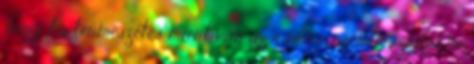
,hogy ha termeszetes miert van az ráirva ,szembe,szájba ne